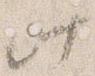
此